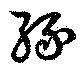
縁